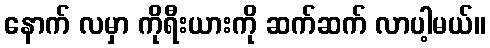
နောက် လမှာ ကိုရီးယားကို ဆက်ဆက် လာပါ့မယ်။